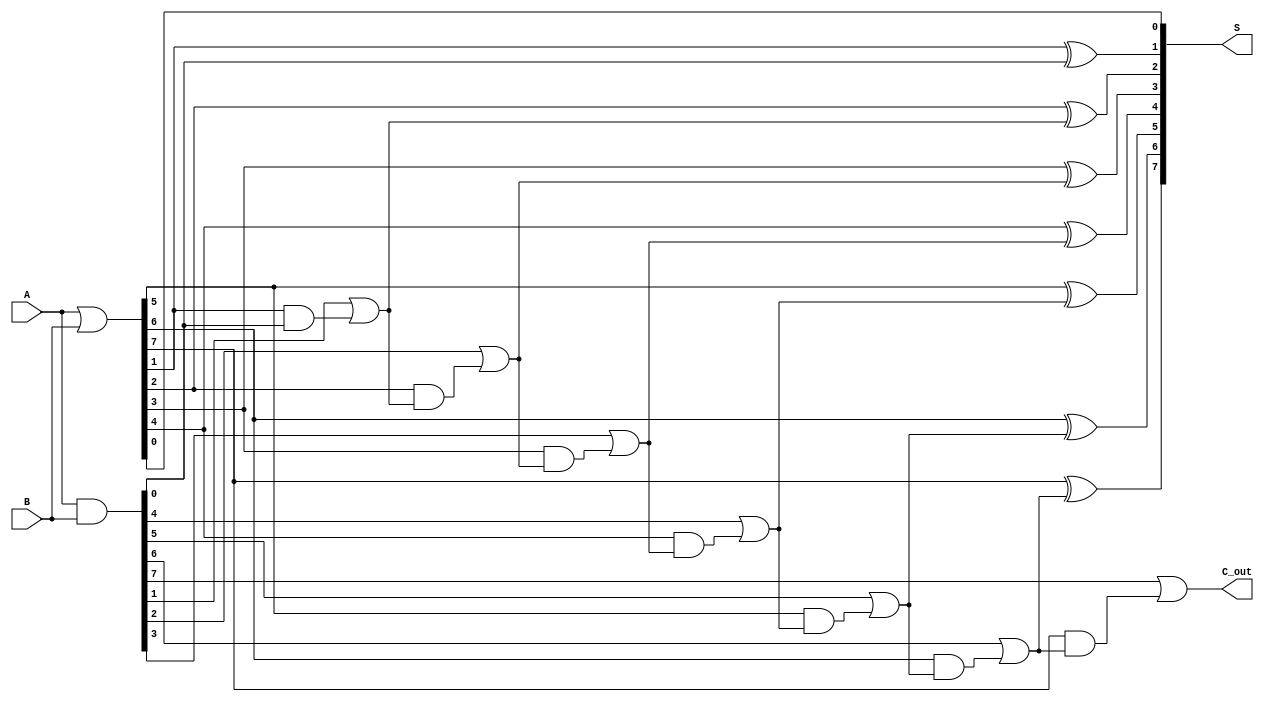
module brent_kung_adder #(parameter n = 8) (
    input [n-1:0] A, // First input number
    input [n-1:0] B, // Second input number
    output [n-1:0] S, // Sum output
    output C_out // Carry out
);

    // Generate and propagate signals
    wire [n-1:0] G; // Generate signals
    wire [n-1:0] P; // Propagate signals
    wire [n-1:0] C; // Carry signals

    // Generate and propagate calculations
    assign G = A & B; // Generate
    assign P = A | B; // Propagate

    // Carry signal initialization
    assign C[0] = G[0]; // First carry is just G[0]

    // Carry Generation (Brent-Kung Tree)
    genvar i, j, k;
    generate
        for (k = 1; k < n; k = k + 1) begin: carry_gen
            assign C[k] = G[k] | (P[k] & C[k-1]);
        end
    endgenerate

    // Sum calculation
    generate
        for (i = 0; i < n; i = i + 1) begin: sum_calc
            assign S[i] = P[i] ^ (i == 0 ? 1'b0 : C[i-1]);
        end
    endgenerate

    // Final carry out signal
    assign C_out = C[n-1];

endmodule